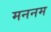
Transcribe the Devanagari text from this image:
मननम